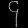
Digit: ၄